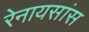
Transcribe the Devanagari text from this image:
रेनायसांस